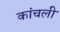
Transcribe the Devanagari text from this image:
कांचली